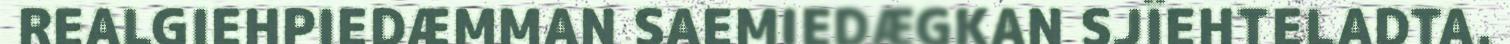
REALGIEHPIEDÆMMAN SAEMIEDÆGKAN SJÏEHTELADTA.